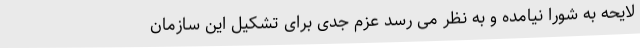
لایحه به شورا نیامده و به نظر می رسد عزم جدی برای تشکیل این سازمان